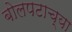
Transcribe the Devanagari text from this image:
बोलपटाच्या